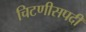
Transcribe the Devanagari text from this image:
चिटणीसपदी